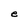
Character: e